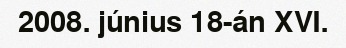
2008. június 18-án XVI.